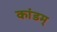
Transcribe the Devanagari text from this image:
कांडम्